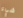
شيء